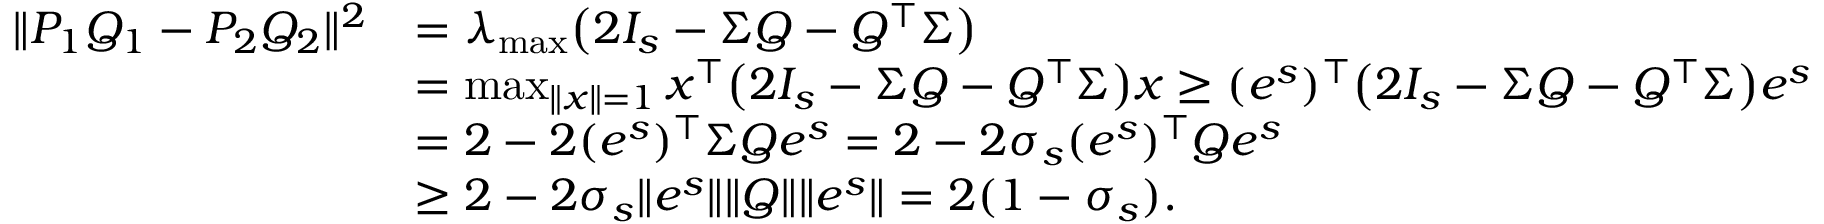
\begin{array} { r l } { \| P _ { 1 } Q _ { 1 } - P _ { 2 } Q _ { 2 } \| ^ { 2 } } & { = \lambda _ { \operatorname* { m a x } } \big ( 2 I _ { s } - \Sigma Q - Q ^ { \top } \Sigma \big ) } \\ & { = \operatorname* { m a x } _ { \| x \| = 1 } x ^ { \top } \big ( 2 I _ { s } - \Sigma Q - Q ^ { \top } \Sigma \big ) x \ge ( e ^ { s } ) ^ { \top } \big ( 2 I _ { s } - \Sigma Q - Q ^ { \top } \Sigma \big ) e ^ { s } } \\ & { = 2 - 2 ( e ^ { s } ) ^ { \top } \Sigma Q e ^ { s } = 2 - 2 \sigma _ { s } ( e ^ { s } ) ^ { \top } Q e ^ { s } } \\ & { \ge 2 - 2 \sigma _ { s } \| e ^ { s } \| \| Q \| \| e ^ { s } \| = 2 ( 1 - \sigma _ { s } ) . } \end{array}